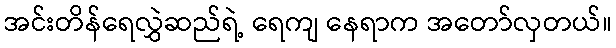
အင်းတိန်ရေလွှဲဆည်ရဲ့ ရေကျ နေရာက အတော်လှတယ်။